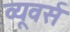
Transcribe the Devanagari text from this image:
व्यूवर्स